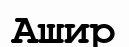
Ашир